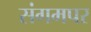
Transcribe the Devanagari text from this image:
संगमपर